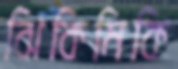
ঝিকিমিকি